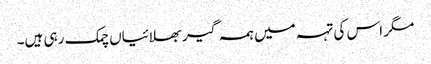
مگر اس کی تہہ میں ہمہ گیر بھلائیاں چمک رہی ہیں۔